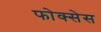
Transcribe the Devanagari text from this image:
फोक्सेस